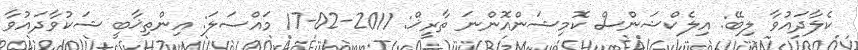
ކެލާދައުވާ ލިބޭ: އިލެކްޝަންސް ކޮމިޝަންއޮންނަ ތާރީޚް: 2011-02-17 މައްސަލަ: އިންތިޚާބީ ޝަކުވާދައުވާ